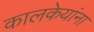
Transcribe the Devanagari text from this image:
कालकेयांना